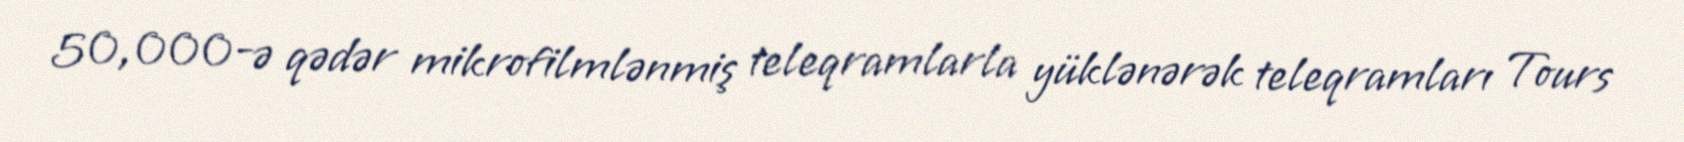
50,000-ə qədər mikrofilmlənmiş teleqramlarla yüklənərək teleqramları Tours